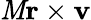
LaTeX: \mathit{M}\mathbf{{r}}\times\mathbf{{v}}